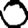
Digit: 0